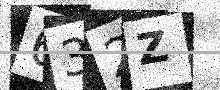
Text: 632Z